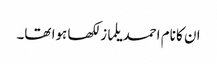
ان کا نام احمد یلماز لکھا ہوا تھا۔